Subject: q-bio
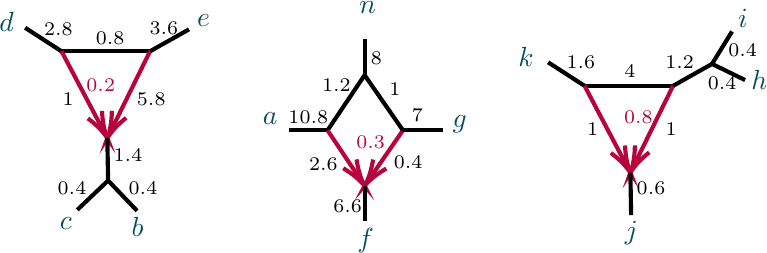
LaTeX code:
\begin{tikzpicture}[x=0.75pt,y=0.75pt,yscale=-0.9,xscale=0.9]

\draw [line width=1.5]    (323.57,46.35) -- (343.06,58.95) ;
\draw [line width=1.5]    (343.06,58.95) -- (390.44,58.95) ;
\draw [color={rgb, 255:red, 182; green, 5; blue, 60 }  ,draw opacity=1 ][line width=1.5]    (343.06,58.95) -- (366.18,102.79) ;
\draw [shift={(367.58,105.44)}, rotate = 242.19] [color={rgb, 255:red, 182; green, 5; blue, 60 }  ,draw opacity=1 ][line width=1.5]    (14.21,-4.28) .. controls (9.04,-1.82) and (4.3,-0.39) .. (0,0) .. controls (4.3,0.39) and (9.04,1.82) .. (14.21,4.28)   ;
\draw [color={rgb, 255:red, 182; green, 5; blue, 60 }  ,draw opacity=1 ][line width=1.5]    (390.44,58.95) -- (368.91,102.75) ;
\draw [shift={(367.58,105.44)}, rotate = 296.18] [color={rgb, 255:red, 182; green, 5; blue, 60 }  ,draw opacity=1 ][line width=1.5]    (14.21,-4.28) .. controls (9.04,-1.82) and (4.3,-0.39) .. (0,0) .. controls (4.3,0.39) and (9.04,1.82) .. (14.21,4.28)   ;
\draw [line width=1.5]    (390.44,58.95) -- (411.3,47.22) ;
\draw [line width=1.5]    (367.58,105.44) -- (368,128.14) ;
\draw [line width=1.5]    (411.3,47.22) -- (422,29.85) ;
\draw [line width=1.5]    (411.3,47.22) -- (429,55.85) ;
\draw [line width=1.5]    (43.57,27.85) -- (63.06,40.45) ;
\draw [line width=1.5]    (63.06,40.45) -- (110.44,40.45) ;
\draw [color={rgb, 255:red, 182; green, 5; blue, 60 }  ,draw opacity=1 ][line width=1.5]    (63.06,40.45) -- (86.18,84.29) ;
\draw [shift={(87.58,86.94)}, rotate = 242.19] [color={rgb, 255:red, 182; green, 5; blue, 60 }  ,draw opacity=1 ][line width=1.5]    (14.21,-4.28) .. controls (9.04,-1.82) and (4.3,-0.39) .. (0,0) .. controls (4.3,0.39) and (9.04,1.82) .. (14.21,4.28)   ;
\draw [color={rgb, 255:red, 182; green, 5; blue, 60 }  ,draw opacity=1 ][line width=1.5]    (110.44,40.45) -- (88.91,84.25) ;
\draw [shift={(87.58,86.94)}, rotate = 296.18] [color={rgb, 255:red, 182; green, 5; blue, 60 }  ,draw opacity=1 ][line width=1.5]    (14.21,-4.28) .. controls (9.04,-1.82) and (4.3,-0.39) .. (0,0) .. controls (4.3,0.39) and (9.04,1.82) .. (14.21,4.28)   ;
\draw [line width=1.5]    (110.44,40.45) -- (131.3,28.72) ;
\draw [line width=1.5]    (87.58,86.94) -- (88,109.64) ;
\draw [line width=1.5]    (88,109.64) -- (71.5,125.35) ;
\draw [line width=1.5]    (88,109.64) -- (103.5,125.85) ;
\draw [line width=1.5]    (184.98,82.76) -- (205.48,82.76) ;
\draw [color={rgb, 255:red, 0; green, 0; blue, 0 }  ,draw opacity=1 ][line width=1.5]    (205.48,82.76) -- (225.32,53.21) ;
\draw [color={rgb, 255:red, 182; green, 5; blue, 60 }  ,draw opacity=1 ][line width=1.5]    (205.48,82.76) -- (223.65,110.01) ;
\draw [shift={(225.32,112.51)}, rotate = 236.31] [color={rgb, 255:red, 182; green, 5; blue, 60 }  ,draw opacity=1 ][line width=1.5]    (14.21,-4.28) .. controls (9.04,-1.82) and (4.3,-0.39) .. (0,0) .. controls (4.3,0.39) and (9.04,1.82) .. (14.21,4.28)   ;
\draw [color={rgb, 255:red, 182; green, 5; blue, 60 }  ,draw opacity=1 ][line width=1.5]    (245.83,82.76) -- (227.02,110.04) ;
\draw [shift={(225.32,112.51)}, rotate = 304.59] [color={rgb, 255:red, 182; green, 5; blue, 60 }  ,draw opacity=1 ][line width=1.5]    (14.21,-4.28) .. controls (9.04,-1.82) and (4.3,-0.39) .. (0,0) .. controls (4.3,0.39) and (9.04,1.82) .. (14.21,4.28)   ;
\draw [color={rgb, 255:red, 0; green, 0; blue, 0 }  ,draw opacity=1 ][line width=1.5]    (245.83,82.76) -- (267.33,82.76) ;
\draw [color={rgb, 255:red, 0; green, 0; blue, 0 }  ,draw opacity=1 ][line width=1.5]    (225.32,112.51) -- (225.32,131.42) ;
\draw [color={rgb, 255:red, 0; green, 0; blue, 0 }  ,draw opacity=1 ][line width=1.5]    (225.32,53.21) -- (245.83,82.76) ;
\draw [color={rgb, 255:red, 0; green, 0; blue, 0 }  ,draw opacity=1 ][line width=1.5]    (225.32,33.8) -- (225.32,53.21) ;

\draw (423.83,16.4) node [anchor=north west][inner sep=0.75pt]  [font=\normalsize,color={rgb, 255:red, 6; green, 79; blue, 97 }  ,opacity=1 ]  {$i$};
\draw (363.24,130.16) node [anchor=north west][inner sep=0.75pt]  [font=\normalsize,color={rgb, 255:red, 6; green, 79; blue, 97 }  ,opacity=1 ]  {$j$};
\draw (431,49.25) node [anchor=north west][inner sep=0.75pt]  [font=\normalsize,color={rgb, 255:red, 6; green, 79; blue, 97 }  ,opacity=1 ]  {$h$};
\draw (306.24,36.66) node [anchor=north west][inner sep=0.75pt]  [font=\normalsize,color={rgb, 255:red, 6; green, 79; blue, 97 }  ,opacity=1 ]  {$k$};
\draw (362.8,71.17) node [anchor=north west][inner sep=0.75pt]  [font=\scriptsize,color={rgb, 255:red, 182; green, 5; blue, 60 }  ,opacity=1 ]  {$0.8$};
\draw (332.01,41.6) node [anchor=north west][inner sep=0.75pt]  [font=\scriptsize,color={rgb, 255:red, 0; green, 0; blue, 0 }  ,opacity=1 ]  {$1.6$};
\draw (363.01,46.6) node [anchor=north west][inner sep=0.75pt]  [font=\scriptsize,color={rgb, 255:red, 0; green, 0; blue, 0 }  ,opacity=1 ]  {$4$};
\draw (384.87,41.49) node [anchor=north west][inner sep=0.75pt]  [font=\scriptsize,color={rgb, 255:red, 0; green, 0; blue, 0 }  ,opacity=1 ]  {$1.2$};
\draw (407.65,52.94) node [anchor=north west][inner sep=0.75pt]  [font=\scriptsize,color={rgb, 255:red, 0; green, 0; blue, 0 }  ,opacity=1 ]  {$0.4$};
\draw (418.65,34.94) node [anchor=north west][inner sep=0.75pt]  [font=\scriptsize,color={rgb, 255:red, 0; green, 0; blue, 0 }  ,opacity=1 ]  {$0.4$};
\draw (343.01,77.6) node [anchor=north west][inner sep=0.75pt]  [font=\scriptsize,color={rgb, 255:red, 0; green, 0; blue, 0 }  ,opacity=1 ]  {$1$};
\draw (385.01,77.6) node [anchor=north west][inner sep=0.75pt]  [font=\scriptsize,color={rgb, 255:red, 0; green, 0; blue, 0 }  ,opacity=1 ]  {$1$};
\draw (369.58,108.84) node [anchor=north west][inner sep=0.75pt]  [font=\scriptsize,color={rgb, 255:red, 0; green, 0; blue, 0 }  ,opacity=1 ]  {$0.6$};
\draw (220,133.98) node [anchor=north west][inner sep=0.75pt]  [font=\normalsize,color={rgb, 255:red, 6; green, 79; blue, 97 }  ,opacity=1 ]  {$f$};
\draw (169.42,71.97) node [anchor=north west][inner sep=0.75pt]  [font=\normalsize,color={rgb, 255:red, 6; green, 79; blue, 97 }  ,opacity=1 ]  {$a$};
\draw (271.06,73.28) node [anchor=north west][inner sep=0.75pt]  [font=\normalsize,color={rgb, 255:red, 6; green, 79; blue, 97 }  ,opacity=1 ]  {$g$};
\draw (221.17,12.58) node [anchor=north west][inner sep=0.75pt]  [font=\normalsize,color={rgb, 255:red, 6; green, 79; blue, 97 }  ,opacity=1 ]  {$n$};
\draw (219.5,84.49) node [anchor=north west][inner sep=0.75pt]  [font=\scriptsize,color={rgb, 255:red, 182; green, 5; blue, 60 }  ,opacity=1 ]  {$0.3$};
\draw (194.15,95.92) node [anchor=north west][inner sep=0.75pt]  [font=\scriptsize,color={rgb, 255:red, 0; green, 0; blue, 0 }  ,opacity=1 ]  {$2.6$};
\draw (207.15,118.92) node [anchor=north west][inner sep=0.75pt]  [font=\scriptsize,color={rgb, 255:red, 0; green, 0; blue, 0 }  ,opacity=1 ]  {$6.6$};
\draw (183.15,70.92) node [anchor=north west][inner sep=0.75pt]  [font=\scriptsize,color={rgb, 255:red, 0; green, 0; blue, 0 }  ,opacity=1 ]  {$10.8$};
\draw (201.15,53.92) node [anchor=north west][inner sep=0.75pt]  [font=\scriptsize,color={rgb, 255:red, 0; green, 0; blue, 0 }  ,opacity=1 ]  {$1.2$};
\draw (227.32,39.2) node [anchor=north west][inner sep=0.75pt]  [font=\scriptsize,color={rgb, 255:red, 0; green, 0; blue, 0 }  ,opacity=1 ]  {$8$};
\draw (237.15,55.92) node [anchor=north west][inner sep=0.75pt]  [font=\scriptsize,color={rgb, 255:red, 0; green, 0; blue, 0 }  ,opacity=1 ]  {$1$};
\draw (239.58,95.03) node [anchor=north west][inner sep=0.75pt]  [font=\scriptsize,color={rgb, 255:red, 0; green, 0; blue, 0 }  ,opacity=1 ]  {$0.4$};
\draw (249.15,69.92) node [anchor=north west][inner sep=0.75pt]  [font=\scriptsize,color={rgb, 255:red, 0; green, 0; blue, 0 }  ,opacity=1 ]  {$7$};
\draw (28.33,18.4) node [anchor=north west][inner sep=0.75pt]  [font=\normalsize,color={rgb, 255:red, 6; green, 79; blue, 97 }  ,opacity=1 ]  {$d$};
\draw (60.74,128.16) node [anchor=north west][inner sep=0.75pt]  [font=\normalsize,color={rgb, 255:red, 6; green, 79; blue, 97 }  ,opacity=1 ]  {$c$};
\draw (75,53.67) node [anchor=north west][inner sep=0.75pt]  [font=\scriptsize,color={rgb, 255:red, 182; green, 5; blue, 60 }  ,opacity=1 ]  {$0.2$};
\draw (89.58,91.34) node [anchor=north west][inner sep=0.75pt]  [font=\scriptsize]  {$1.4$};
\draw (52.3,23.77) node [anchor=north west][inner sep=0.75pt]  [font=\scriptsize]  {$2.8$};
\draw (80,28.67) node [anchor=north west][inner sep=0.75pt]  [font=\scriptsize]  {$0.8$};
\draw (99.24,128.16) node [anchor=north west][inner sep=0.75pt]  [font=\normalsize,color={rgb, 255:red, 6; green, 79; blue, 97 }  ,opacity=1 ]  {$b$};
\draw (134.24,19.66) node [anchor=north west][inner sep=0.75pt]  [font=\normalsize,color={rgb, 255:red, 6; green, 79; blue, 97 }  ,opacity=1 ]  {$e$};
\draw (102.01,61.43) node [anchor=north west][inner sep=0.75pt]  [font=\scriptsize,color={rgb, 255:red, 0; green, 0; blue, 0 }  ,opacity=1 ]  {$5.8$};
\draw (62.3,61.43) node [anchor=north west][inner sep=0.75pt]  [font=\scriptsize,color={rgb, 255:red, 0; green, 0; blue, 0 }  ,opacity=1 ]  {$1$};
\draw (97.6,108.97) node [anchor=north west][inner sep=0.75pt]  [font=\scriptsize]  {$0.4$};
\draw (59.6,108.97) node [anchor=north west][inner sep=0.75pt]  [font=\scriptsize]  {$0.4$};
\draw (108.8,23.27) node [anchor=north west][inner sep=0.75pt]  [font=\scriptsize,color={rgb, 255:red, 0; green, 0; blue, 0 }  ,opacity=1 ]  {$3.6$};

\end{tikzpicture}